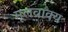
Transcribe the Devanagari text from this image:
मूलवाक्य